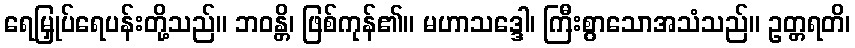
ရေမြှုပ်ရေပန်းတို့သည်။ ဘဝန္တိ၊ ဖြစ်ကုန်၏။ မဟာသဒ္ဒေါ၊ ကြီးစွာသောအသံသည်။ ဥတ္တရတိ၊